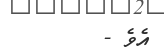
އެވެ -